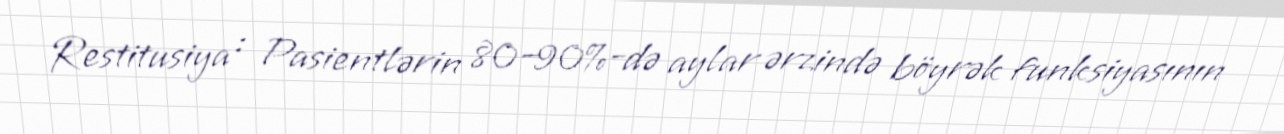
Restitusiya : Pasientlərin 80–90%-də aylar ərzində böyrək funksiyasının